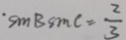
. \sin B \sin C = \frac { 2 } { 3 }